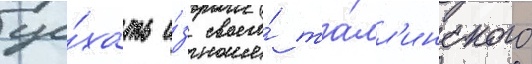
уе́хать и́з своего́ та́лл'инского